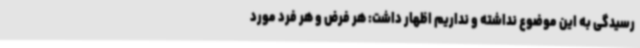
رسیدگی به این موضوع نداشته و نداریم اظهار داشت: هر فرض و هر فرد مورد